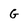
Character: G